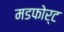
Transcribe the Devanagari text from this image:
मडफोर्ट